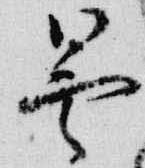
曇